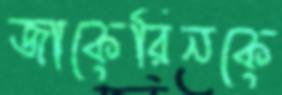
জাকেরিনকে